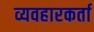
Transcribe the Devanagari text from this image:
व्यवहारकर्ता